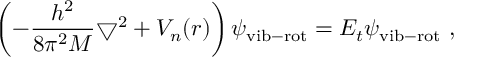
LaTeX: \left( - \frac { h ^ { 2 } } { 8 \pi ^ { 2 } M } \bigtriangledown ^ { 2 } + V _ { n } ( r ) \right) \psi _ { \mathrm { v i b - r o t } } = E _ { t } \psi _ { \mathrm { v i b - r o t } } ~ ,